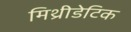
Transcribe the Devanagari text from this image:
मिथ्रीडेटिक